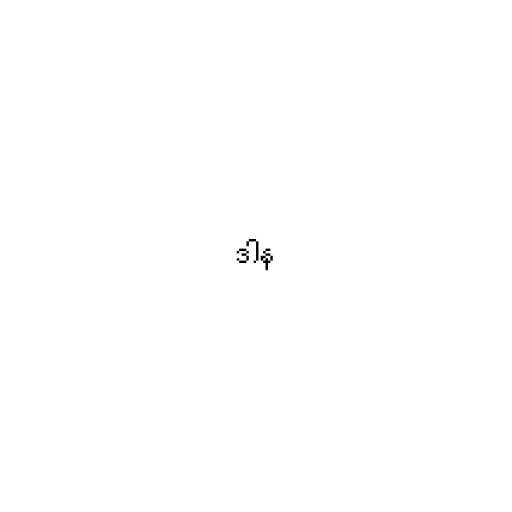
ဒါန